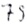
Text: 79